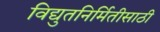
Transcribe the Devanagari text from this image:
विद्युतनिर्मितीसाठी